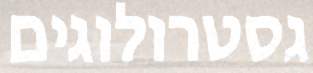
גסטרולוגים